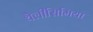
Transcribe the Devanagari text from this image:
थैलीसिमिया